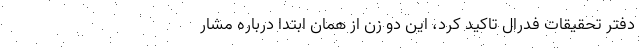
دفتر تحقیقات فدرال تاکید کرد، این دو زن از همان ابتدا درباره مشار